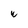
Character: w